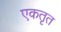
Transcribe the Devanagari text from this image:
एकतृत